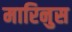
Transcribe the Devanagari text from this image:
मारिनुस